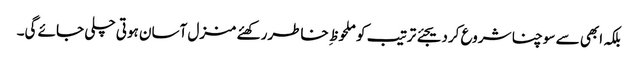
بلکہ ابھی سے سوچنا شروع کردیجئے ترتیب کو ملحوظ ِ خاطررکھئے منزل آسان ہوتی چلی جائے گی۔